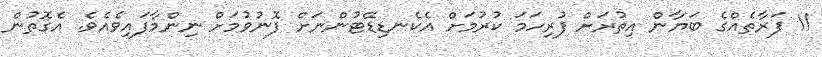
11 ފަރާތެއްގެ ބަޔާން އިތުރަށް ފުރިހަމަ ކުރުމަށް އެކެނޑިޑޭޓުންނަށް ފޮނުވުމަށް ނިންމާފައިވެއެވެ. އެގޮތުން